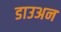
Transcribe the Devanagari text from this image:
डाउअन